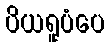
ပိယရူပံပေ